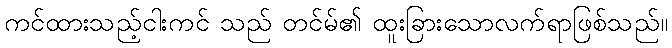
ကင်ထားသည့်ငါးကင် သည် တင်မ်၏ ထူးခြားသောလက်ရာဖြစ်သည်။